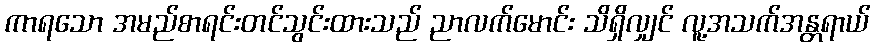
ကာရသော အမည်စာရင်းတင်သွင်းထားသည် ညာလက်မောင်း သိရှိလျှင် လူ့အသက်အန္တရာယ်